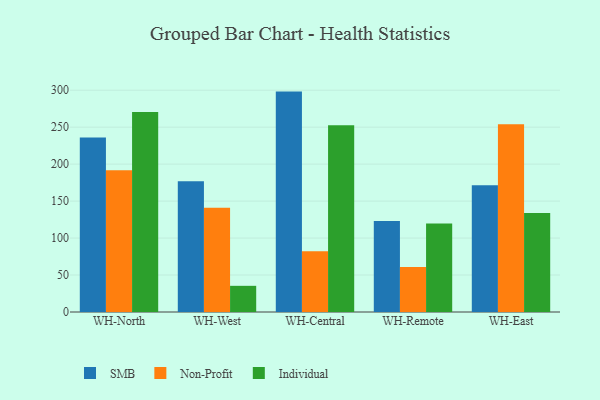
{"axis": {"x": "Warehouse", "y": "Backlog"}, "legend": ["Individual", "Non-Profit", "SMB"], "data": [{"x": "WH-North", "y": 236.1, "type": "SMB"}, {"x": "WH-North", "y": 191.6, "type": "Non-Profit"}, {"x": "WH-North", "y": 270.6, "type": "Individual"}, {"x": "WH-West", "y": 177.0, "type": "SMB"}, {"x": "WH-West", "y": 141.1, "type": "Non-Profit"}, {"x": "WH-West", "y": 35.4, "type": "Individual"}, {"x": "WH-Central", "y": 298.1, "type": "SMB"}, {"x": "WH-Central", "y": 82.2, "type": "Non-Profit"}, {"x": "WH-Central", "y": 252.6, "type": "Individual"}, {"x": "WH-Remote", "y": 123.0, "type": "SMB"}, {"x": "WH-Remote", "y": 60.9, "type": "Non-Profit"}, {"x": "WH-Remote", "y": 119.7, "type": "Individual"}, {"x": "WH-East", "y": 171.3, "type": "SMB"}, {"x": "WH-East", "y": 254.0, "type": "Non-Profit"}, {"x": "WH-East", "y": 133.9, "type": "Individual"}]}